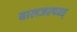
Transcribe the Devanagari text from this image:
बालजल्पवत्